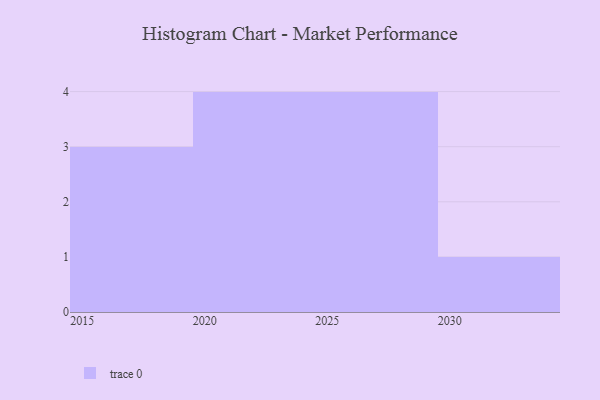
{"axis": {"x": "Year", "y": "Gross Profit (USD K)"}, "legend": [""], "data": [{"x": "2022", "y": 23, "type": ""}, {"x": "2023", "y": 53, "type": ""}, {"x": "2020", "y": 91, "type": ""}, {"x": "2026", "y": 92, "type": ""}, {"x": "2030", "y": 22, "type": ""}, {"x": "2018", "y": 26, "type": ""}, {"x": "2029", "y": 90, "type": ""}, {"x": "2024", "y": 67, "type": ""}, {"x": "2015", "y": 69, "type": ""}, {"x": "2025", "y": 85, "type": ""}, {"x": "2028", "y": 5, "type": ""}, {"x": "2019", "y": 37, "type": ""}]}